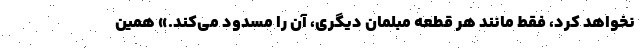
نخواهد کرد، فقط مانند هر قطعه مبلمان دیگری، آن را مسدود می‌کند.» همین